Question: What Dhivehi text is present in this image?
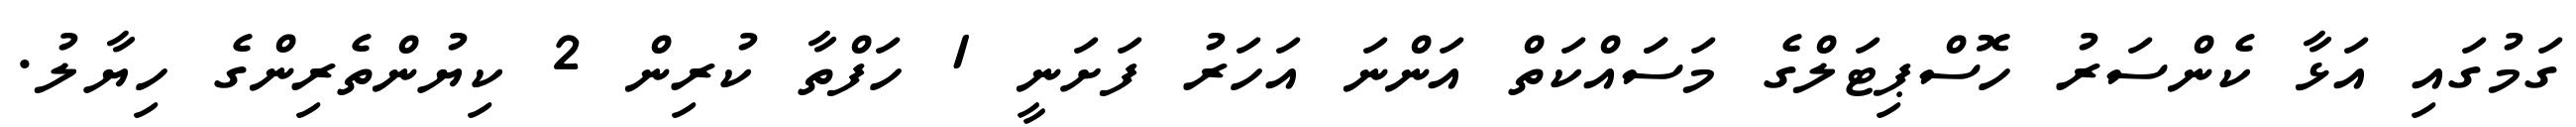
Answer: ގަމުގައި އަޅާ ކެންސަރު ހޮސްޕިޓަލްގެ މަސަައްކަތް އަންނަ އަހަރު ފަށަނީ 1 ހަފްތާ ކުރިން 2 ކިޔުންތެރިންގެ ހިޔާލު.